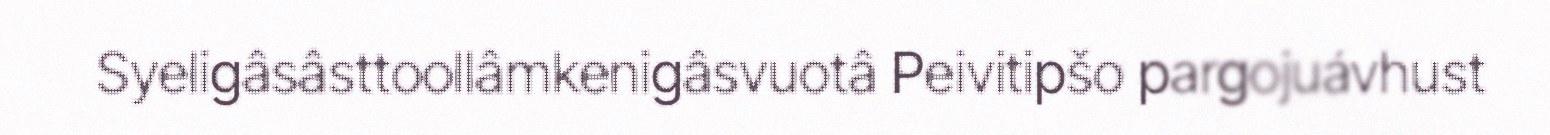
Syeligâsâsttoollâmkenigâsvuotâ Peivitipšo pargojuávhust